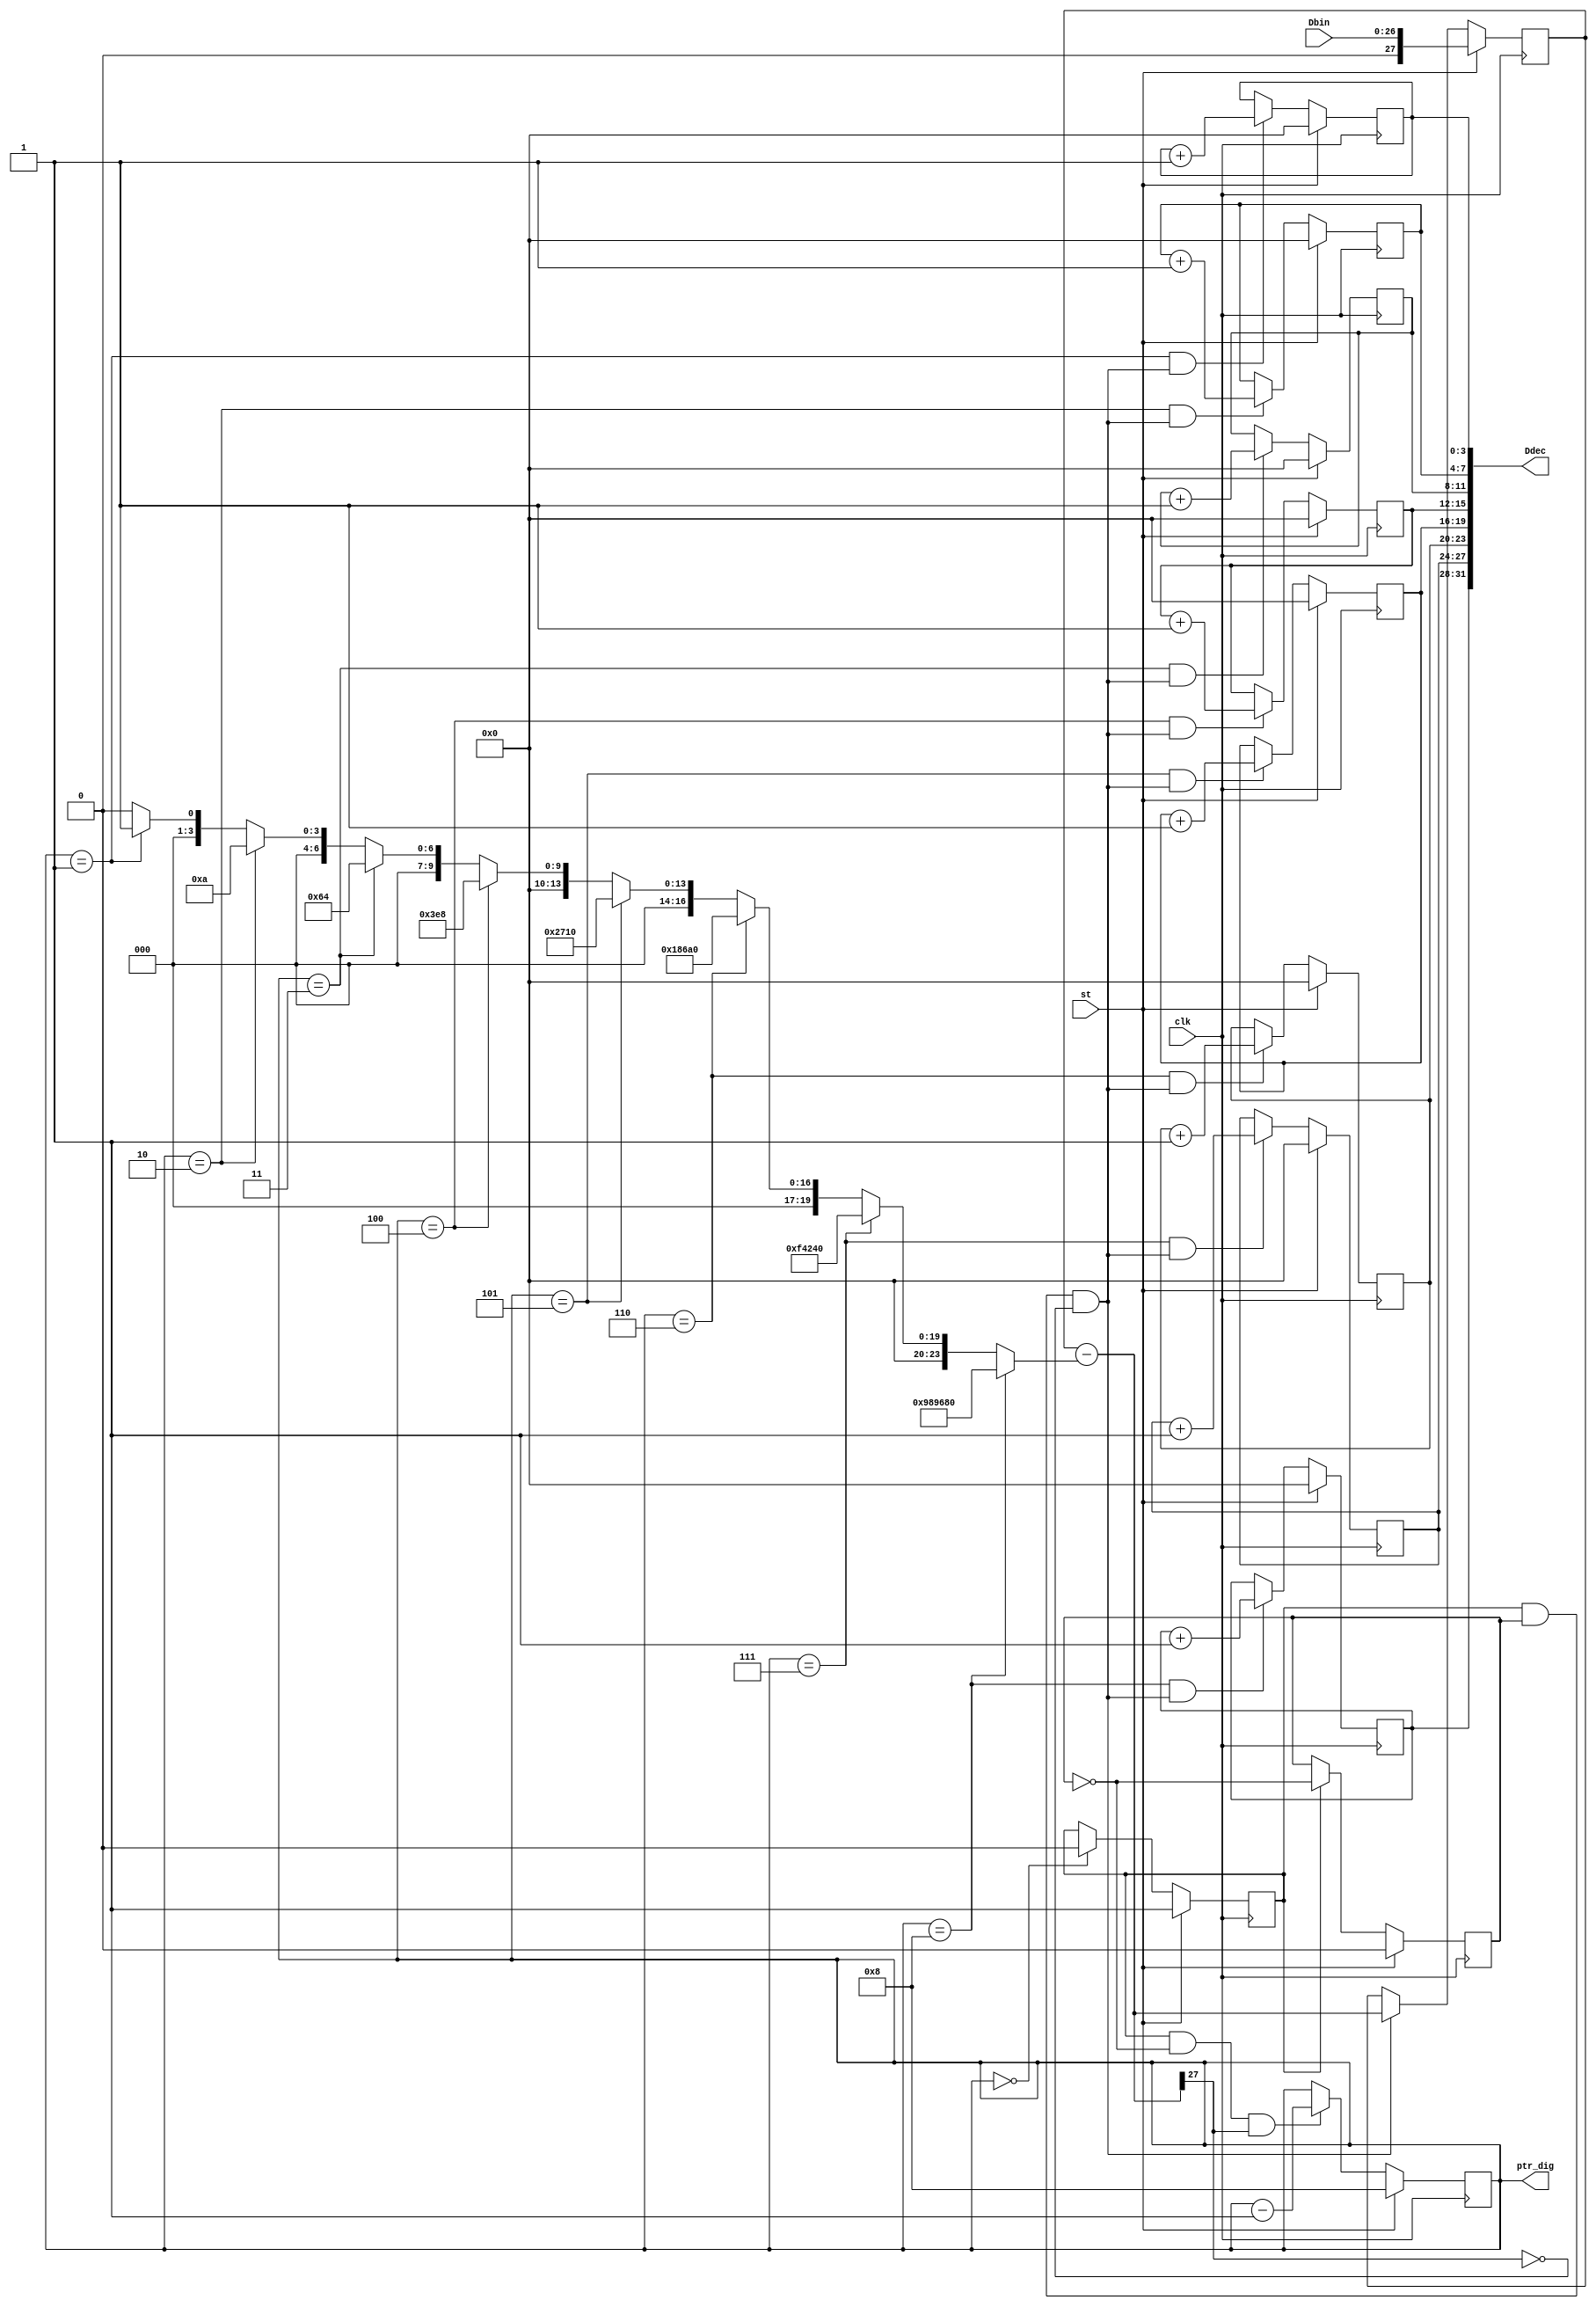
`timescale 1ns / 1ps
//////////////////////////////////////////////////////////////////////////////////
// Company: 
// Engineer: 
// 
// Design Name: 
// Module Name:    HEX27_to_DEC8 
// Project Name: 
// Target Devices: 
// Tool versions: 
// Description: 
//
// Dependencies: 
//
// Revision: 
// Revision 0.01 - File Created
// Additional Comments: 
//
//////////////////////////////////////////////////////////////////////////////////
module HEX27_to_DEC8 (
			input[26:0]Dbin, output wire [31:0]Ddec,
			input clk, output reg [3:0]ptr_dig=0, //   
			input st );
reg[3:0]D1dec=0; reg[3:0]D2dec=0; reg[3:0]D3dec=0; reg[3:0]D4dec=0;
reg[3:0]D5dec=0; reg[3:0]D6dec=0; reg[3:0]D7dec=0; reg[3:0]D8dec=0;
reg en_conv=0, q=0 ;
reg [27:0]rest=0; //
assign Ddec= {D8dec, D7dec, D6dec, D5dec, D4dec, D3dec, D2dec, D1dec} ;
wire d8 = (ptr_dig==8); wire d7 = (ptr_dig==7);
wire d6 = (ptr_dig==6); wire d5 = (ptr_dig==5);
wire d4 = (ptr_dig==4); wire d3 = (ptr_dig==3);
wire d2 = (ptr_dig==2); wire d1 = (ptr_dig==1);
wire[26:0]Nd = d8? 10000000 :
					d7? 1000000 :
					d6? 100000 :
					d5? 10000 :
					d4? 1000 :
					d3? 100 :
					d2? 10 :
					d1? 1 : 0 ;
wire [27:0]dx = rest-Nd ; //    di (i=8,7,6,5,4,3,2,1)
wire z = dx[27] ; //  
wire en_inc_dig = en_conv & q & !z ; //   
wire en_dec_ptr = en_conv & !q & z ; //   
always @(posedge clk) begin
	q <= st? 0 : en_conv? !q : q ; //q -     
	en_conv <= st? 1 : (ptr_dig==0)? 0 : en_conv ; // 
	rest <= st? Dbin : en_inc_dig? dx : rest ; //
	ptr_dig <= st? 8: en_dec_ptr? ptr_dig-1 : ptr_dig ; //   
	D8dec <= st? 0 : (d8 & en_inc_dig)? D8dec+1 : D8dec ;
	D7dec <= st? 0 : (d7 & en_inc_dig)? D7dec+1 : D7dec ;
	D6dec <= st? 0 : (d6 & en_inc_dig)? D6dec+1 : D6dec ;
	D5dec <= st? 0 : (d5 & en_inc_dig)? D5dec+1 : D5dec ;
	D4dec <= st? 0 : (d4 & en_inc_dig)? D4dec+1 : D4dec ;
	D3dec <= st? 0 : (d3 & en_inc_dig)? D3dec+1 : D3dec ;
	D2dec <= st? 0 : (d2 & en_inc_dig)? D2dec+1 : D2dec ;
	D1dec <= st? 0 : (d1 & en_inc_dig)? D1dec+1 : D1dec ;
end
endmodule